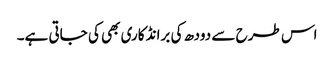
اس طرح سے دودھ کی برانڈ کاری بھی کی جاتی ہے۔